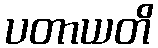
ပတာယတိ